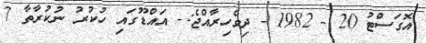
އޮގަސްޓު 20 - 1982 - ދިވެހިރާއްޖެ:- އައްޑޫގައި ހުކުރު ނުކުރާތާ 7